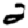
Digit: 2